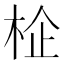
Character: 𱣕